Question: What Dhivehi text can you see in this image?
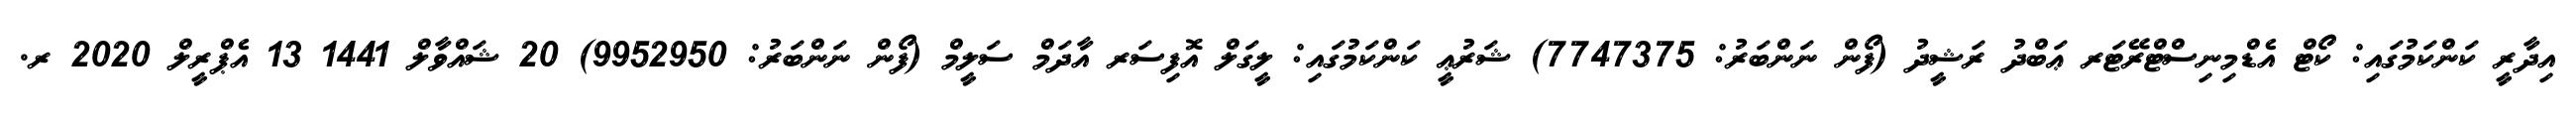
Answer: އިދާރީ ކަންކަމުގައި: ކޯޓް އެޑްމިނިސްޓްރޭޓަރ ޢަބްދު ރަޝީދު (ފޯން ނަންބަރު: 7747375) ޝަރުޢީ ކަންކަމުގައި: ލީގަލް އޮފިސަރ އާދަމް ސަލީމް (ފޯން ނަންބަރު: 9952950) 20 ޝައްވާލް 1441 13 އެޕްރީލް 2020 ރ.